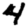
Digit: 4